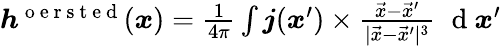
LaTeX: \begin{array}{r}{\boldsymbol{h}^{\mathrm{~o~e~r~s~t~e~d~}}(\boldsymbol{x})=\frac{1}{4\pi}\int\boldsymbol{j}(\boldsymbol{x}^{\prime})\times\frac{\vec{x}-\vec{x}^{\prime}}{\vert\vec{x}-\vec{x}^{\prime}\vert^{3}}\, \, \mathrm{~d~}\boldsymbol{x}^{\prime}}\end{array}